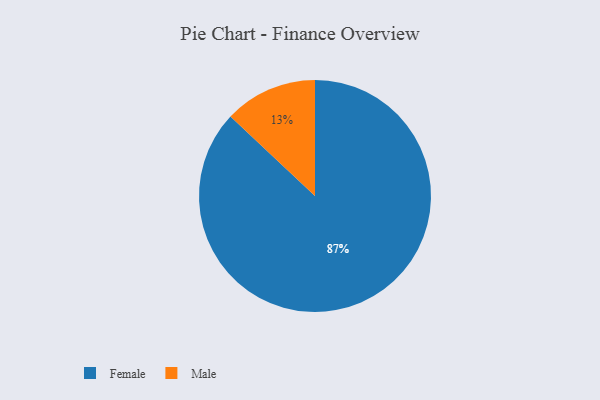
{"axis": {"x": "Category", "y": "Percentage"}, "legend": ["Female", "Male"], "data": [{"x": "Male", "y": 13, "type": "Male"}, {"x": "Female", "y": 87, "type": "Female"}]}